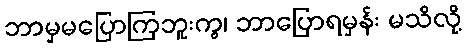
ဘာမှမပြောကြဘူးကွ၊ ဘာပြောရမှန်း မသိလို့